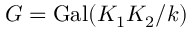
G = \operatorname { G a l } ( K _ { 1 } K _ { 2 } / k )